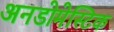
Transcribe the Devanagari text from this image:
अनडोमेस्टिक